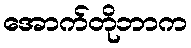
အောက်တိုဘာက